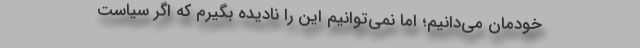
خودمان می‌دانیم؛ اما نمی‌توانیم این را نادیده بگیرم که اگر سیاست‌